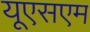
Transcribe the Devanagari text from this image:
यूएसएम